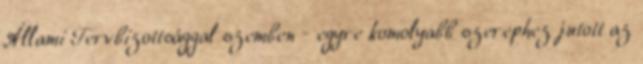
Állami Tervbizottsággal szemben - egyre komolyabb szerephez jutott az